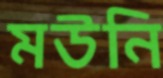
মউনি